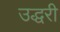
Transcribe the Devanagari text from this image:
उद्धरी